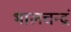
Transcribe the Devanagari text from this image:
भालचन्द्रं